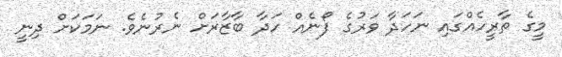
މީގެ ތާރީހެއްގައި ނަހަދާ ވަރުގެ ފޯނެއް ހަދާ ބާޒާރަށް ނެރުނެވެ. ނަމަކަށް ދިނީ